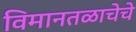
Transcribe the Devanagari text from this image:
विमानतळाचेचे